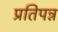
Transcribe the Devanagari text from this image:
प्रतिपन्न